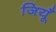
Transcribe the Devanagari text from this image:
जियूँ